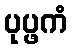
ပုပ္ဖကံ